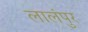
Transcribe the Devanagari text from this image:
लालंपुर